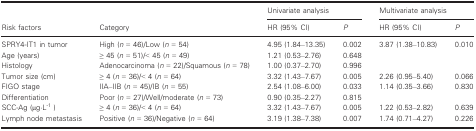
| <ROWSPAN=2> Risk factors | <ROWSPAN=2> Category | <COLSPAN=2> Univariate analysis | <COLSPAN=2> Multivariate analysis |
 | HR (95% CI) | P | HR (95% CI) | P |
 | --- | --- | --- | --- | --- | --- |
 | SPRY4‐IT1 in tumor | High (n = 46)/Low (n = 54) | 4.95 (1.84–13.35) | 0.002 | 3.87 (1.38–10.83) | 0.010 |
 | Age (years) | ≥ 45 (n = 51)/< 45 (n = 49) | 1.21 (0.53–2.76) | 0.648 |  |  |
 | Histology | Adenocarcinoma (n = 22)/Squamous (n = 78) | 1.00 (0.37–2.70) | 0.996 |  |  |
 | Tumor size (cm) | ≥ 4 (n = 36)/< 4 (n = 64) | 3.32 (1.43–7.67) | 0.005 | 2.26 (0.95–5.40) | 0.066 |
 | FIGO stage | IIA–IIB (n = 45)/IB (n = 55) | 2.54 (1.08–6.00) | 0.033 | 1.14 (0.35–3.66) | 0.830 |
 | Differentiation | Poor (n = 27)/Well/moderate (n = 73) | 0.90 (0.35–2.27) | 0.815 |  |  |
 | SCC‐Ag (μg?L‐1 ) | ≥ 4 (n = 36)/< 4 (n = 64) | 3.32 (1.43–7.67) | 0.005 | 1.22 (0.53–2.82) | 0.639 |
 | Lymph node metastasis | Positive (n = 36)/Negative (n = 64) | 3.19 (1.38–7.38) | 0.007 | 1.74 (0.71–4.27) | 0.226 |